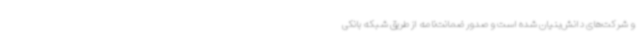
و شرکت‌های دانش‌بنیان شده است و صدور ضمانت‌نامه از طریق شبکه بانکی